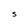
Character: S